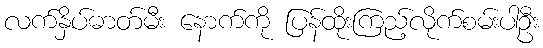
လက်နှိပ်ဓာတ်မီး နောက်ကို ပြန်ထိုးကြည့်လိုက်စမ်းပါဦး